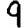
Digit: 9